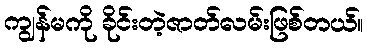
ကျွန်မကို ခိုင်းတဲ့ဇာတ်လမ်းဖြစ်တယ်။